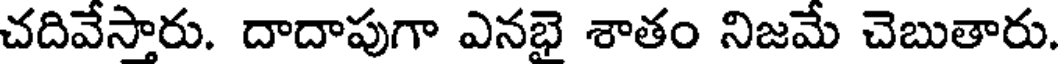
చదివేస్తారు. దాదాపుగా ఎనభై శాతం నిజమే చెబుతారు.